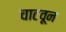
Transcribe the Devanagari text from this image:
चाटवून